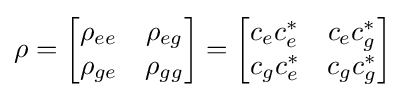
\rho ={\begin{bmatrix}\rho _{ee}&\rho _{eg}\\\rho _{ge}&\rho _{gg}\end{bmatrix}}={\begin{bmatrix}c_{e}c_{e}^{*}&c_{e}c_{g}^{*}\\c_{g}c_{e}^{*}&c_{g}c_{g}^{*}\end{bmatrix}}